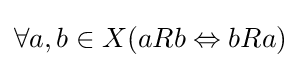
\forall a,b\in X(aRb\Leftrightarrow bRa)